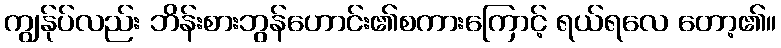
ကျွန်ုပ်လည်း ဘိန်းစားဘွန်ဟောင်း၏စကားကြောင့် ရယ်ရလေ တော့၏။